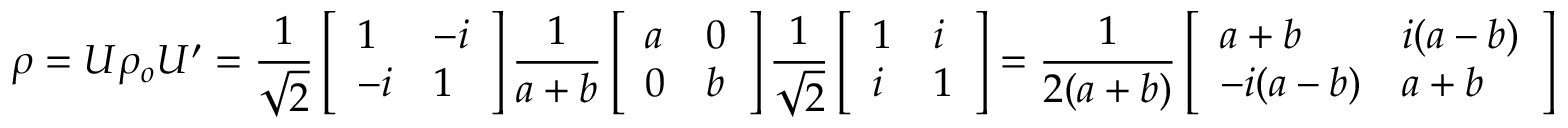
\rho = U \rho _ { o } U ^ { \prime } = \frac { 1 } { \sqrt { 2 } } \left[ \begin{array} { l l } { 1 } & { - i } \\ { - i } & { 1 } \end{array} \right] \frac { 1 } { a + b } \left[ \begin{array} { l l } { a } & { 0 } \\ { 0 } & { b } \end{array} \right] \frac { 1 } { \sqrt { 2 } } \left[ \begin{array} { l l } { 1 } & { i } \\ { i } & { 1 } \end{array} \right] = \frac { 1 } { 2 ( a + b ) } \left[ \begin{array} { l l } { a + b } & { i ( a - b ) } \\ { - i ( a - b ) } & { a + b } \end{array} \right]